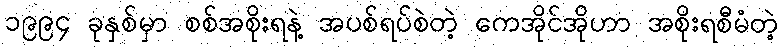
၁၉၉၄ ခုနှစ်မှာ စစ်အစိုးရနဲ့ အပစ်ရပ်စဲတဲ့ ကေအိုင်အိုဟာ အစိုးရစီမံတဲ့